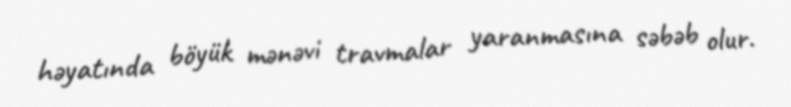
həyatında böyük mənəvi travmalar yaranmasına səbəb olur.